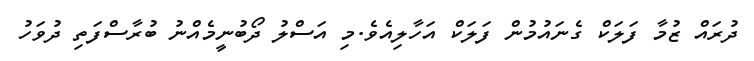
ދުރައް ޒުމާ ފަލަކް ގެނައުމުން ފަލަކް އަހާލިއެވެ.މި އަސްލު ދޯބުނީމެއްނު ބުރާސްފަތި ދުވަހު